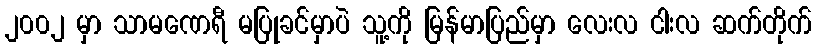
၂၀၀၂ မှာ သာမဏေရီ မပြုခင်မှာပဲ သူ့ကို မြန်မာပြည်မှာ လေးလ ငါးလ ဆက်တိုက်